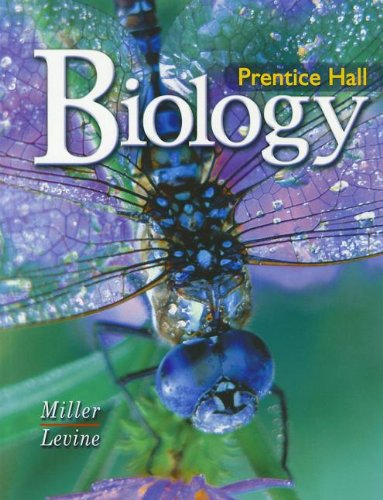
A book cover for Prentice-Hall Biology; Kenneth R. Miller; Teen & Young Adult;